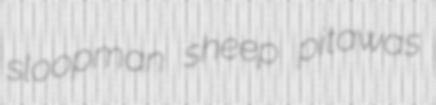
sloopman sheep pitawas